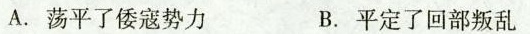
A. 荡平了倭寇势力 B. 平定了回部叛乱